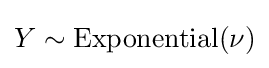
Y\sim {\textrm {Exponential}}(\nu )